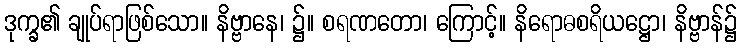
ဒုက္ခ၏ ချုပ်ရာဖြစ်သော။ နိဗ္ဗာနေ၊ ၌။ စရဏတော၊ ကြောင့်။ နိရောဓစရိယဋ္ဌော၊ နိဗ္ဗာန်၌